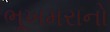
ભૂખમરાનો